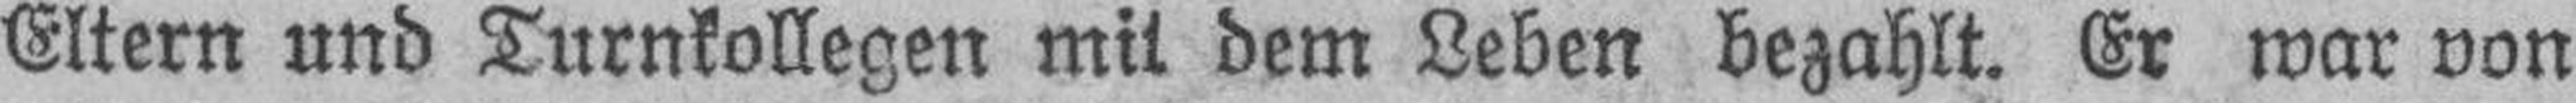
Eltern und Turnkollegen mit dem Leben bezahlt. Er war von